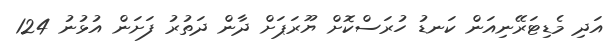
އަދި މެޑިޓަރޭނިއަން ކަނޑު ހުރަސްކޮށް ޔޫރަޕަށް ދާން ދަތުރު ފަށަން އުޅުނު 124